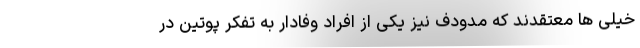
خیلی ها معتقدند که مدودف نیز یکی از افراد وفادار به تفکر پوتین در